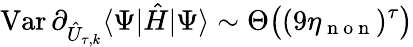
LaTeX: \operatorname{Var}\partial_{\hat{U}_{\tau,k}}\langle\Psi|\hat{H}|\Psi\rangle\sim\Theta\big((9\eta_{\mathrm{~n~o~n~}})^{\tau}\big)